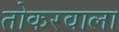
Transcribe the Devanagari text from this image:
तोकरवाला